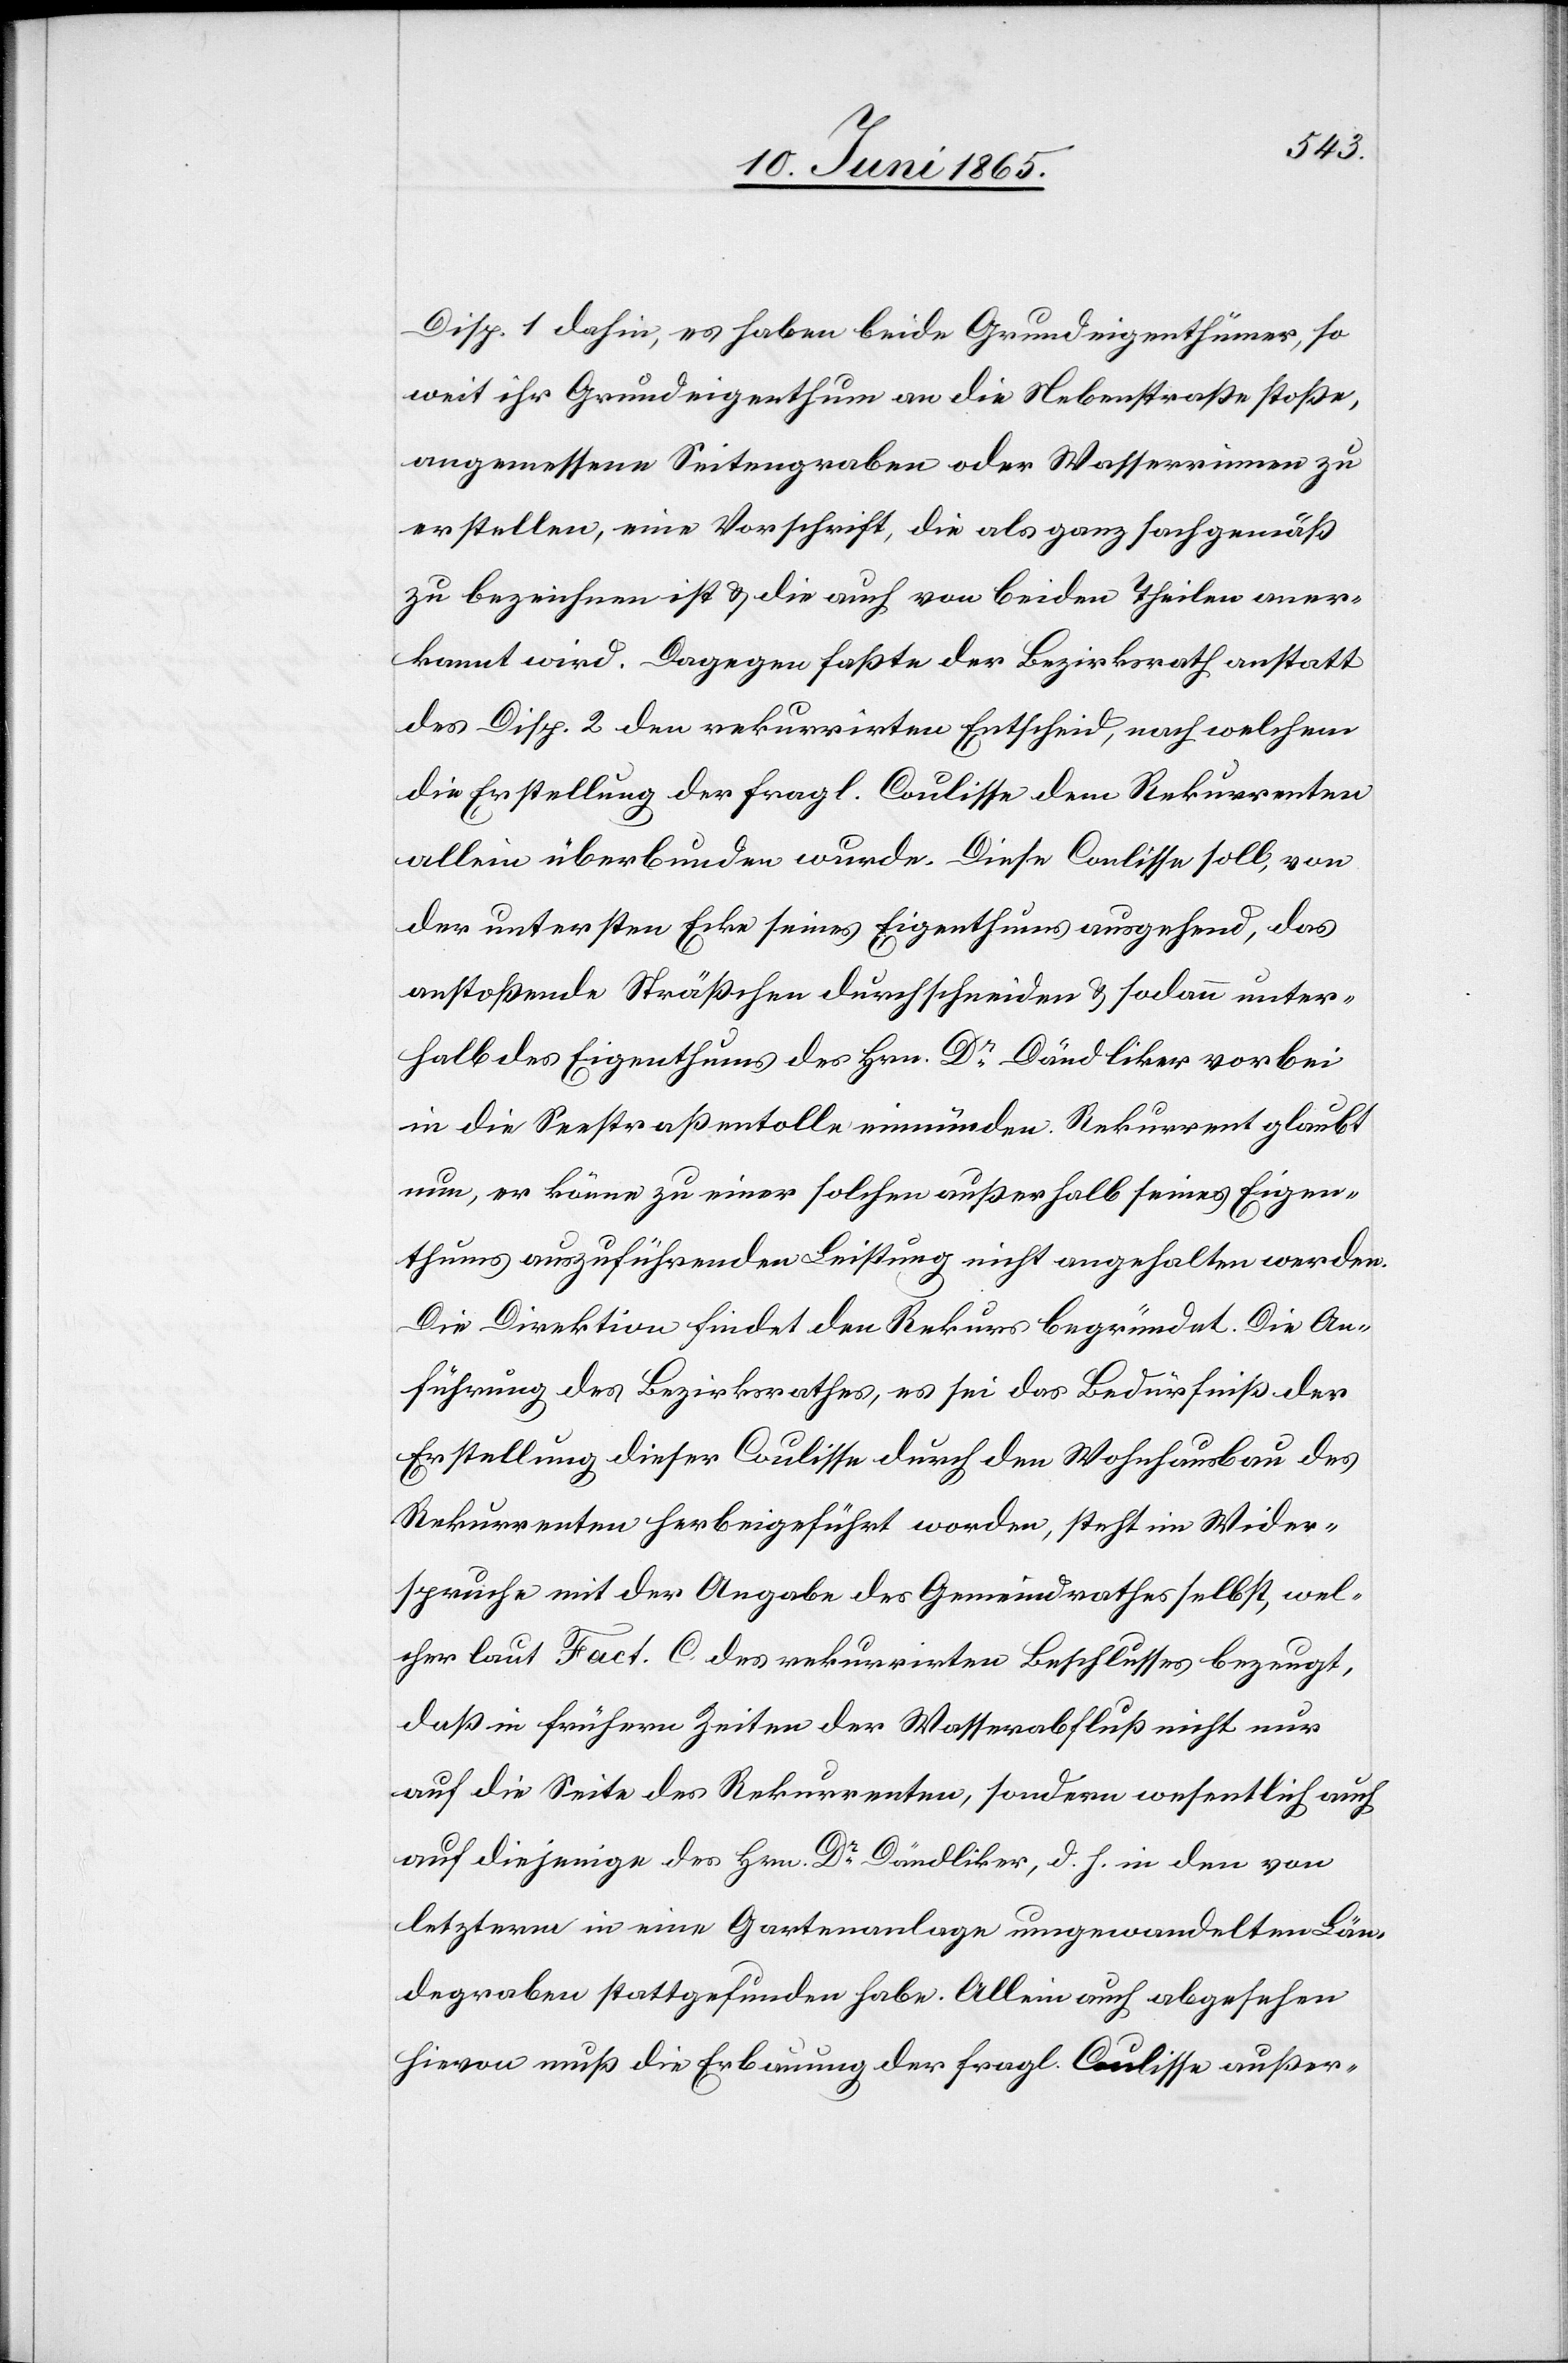
Disp. 1 dahin, es haben beide Grundeigenthümer, so
weit ihr Grundeigenthum an die Nebenstraße stoßen,
angemessene Seitengraben oder Wasserrinnen zu
erstellen, eine Vorschrift, die als ganz sachgemäß
zu bezeichnen ist & die auch von beiden Theilen aner¬
kannt wird. Dagegen faßte der Bezirksrath anstatt
des Disp. 2 den rekurrirten Entscheid, nach welchem
die Erstellung der fragl. Coulisse dem Rekurrenten
allein überbunden wurde. Diese Coulisse soll, von
der untersten Ecke seines Eigenthums ausgehend, das
anstoßende Sträßchen durchschneiden & sodann unter¬
halb des Eigenthums des Hrn. Dr Dändliker vorbei
in die Seestraßentolle einmünden. Rekurrent glaubt
nun, er könne zu einer solchen außerhalb seines Eigen¬
thums auszuführenden Leistung nicht angehalten werden.
Die Direktion findet den Rekurs begründet. Die An¬
führung des Bezirksrathes, es sei das Bedürfniß der
Erstellung dieser Coulisse durch den Wohnhausbau des
Rekurrenten herbeigeführt worden, steht im Wider¬
spruche mit der Angabe des Gemeindrathes selbst, wel¬
cher laut Fact. C des rekurrirten Beschlusses bezeugt,
daß in frühern Zeiten der Wasserabfluß nicht nur
auf die Seite des Rekurrenten, sondern wesentlich auch
auf diejenige des Hrn. Dr Dändliker, d. h. in den von
letzterm in eine Gartenanlage umgewandelten Län¬
degraben stattgefunden habe. Allein auch abgesehen
hievon muß die Erbauung der fragl. Coulisse außer-